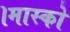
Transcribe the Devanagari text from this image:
।मास्को